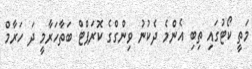
މަތީ ކޯޓުގައި ތިބި އެންމެ ދެކުނު ވިންގްގެ ކޮރަޕްޓް ބަތާހަރާމީ ދަ ހަރާމް